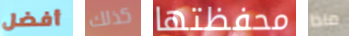
أفضل كذلك محفظتها ماذا